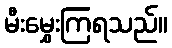
မီးမွှေးကြရသည်။